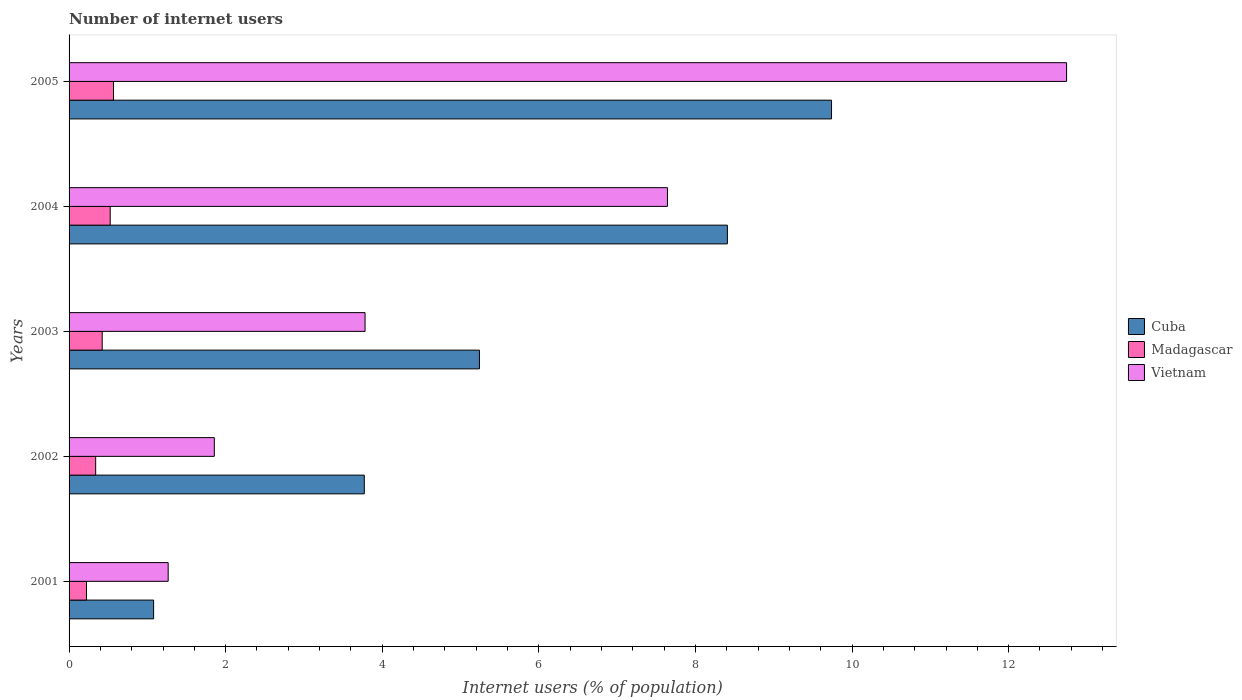
| Years | Cuba | Madagascar | Vietnam |
 | --- | --- | --- | --- |
 | 2001 | 1.08 | 0.223 | 1.27 |
 | 2002 | 3.77 | 0.34 | 1.85 |
 | 2003 | 5.24 | 0.423 | 3.78 |
 | 2004 | 8.41 | 0.525 | 7.64 |
 | 2005 | 9.74 | 0.568 | 12.7 |